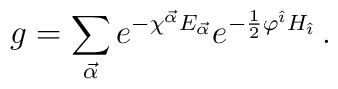
g =\sum_{\vec\alpha }e^{-\chi^{\vec\alpha} E_{\vec\alpha}} e^{-\frac{1}{2}\varphi^{\hat\imath}  H_{\hat \imath}}\, .